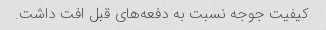
کیفیت جوجه نسبت به دفعه‌های قبل افت داشت.